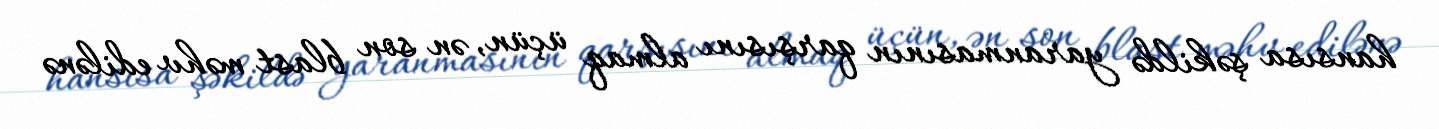
hansısa şəkildə yaranmasının qarşısını almaq üçün, ən son blast məhv edilənə